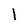
Character: l